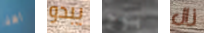
اهلا يبدو بوج زال